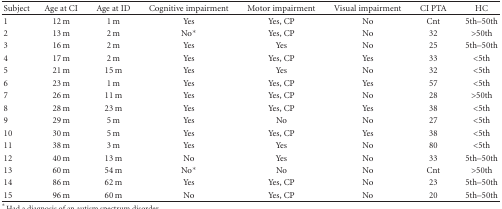
<table><thead><tr><td><b>Subject</b></td><td><b>Age at CI</b></td><td><b>Age at ID</b></td><td><b>Cognitive impairment</b></td><td><b>Motor impairment</b></td><td><b>Visual impairment</b></td><td><b>CI PTA</b></td><td><b>HC</b></td></tr></thead><tbody><tr><td>1</td><td>12 m</td><td>1 m</td><td>Yes</td><td>Yes, CP</td><td>No</td><td>Cnt</td><td>5th–50th</td></tr><tr><td>2</td><td>13 m</td><td>2 m</td><td>No*</td><td>Yes, CP</td><td>No</td><td>32</td><td>&gt;50th</td></tr><tr><td>3</td><td>16 m</td><td>2 m</td><td>Yes</td><td>Yes</td><td>No</td><td>25</td><td>5th–50th</td></tr><tr><td>4</td><td>17 m</td><td>2 m</td><td>Yes</td><td>Yes, CP</td><td>Yes</td><td>33</td><td>&lt;5th</td></tr><tr><td>5</td><td>21 m</td><td>15 m</td><td>Yes</td><td>Yes</td><td>No</td><td>32</td><td>&lt;5th</td></tr><tr><td>6</td><td>23 m</td><td>1 m</td><td>Yes</td><td>Yes, CP</td><td>Yes</td><td>57</td><td>&lt;5th</td></tr><tr><td>7</td><td>26 m</td><td>11 m</td><td>Yes</td><td>Yes, CP</td><td>No</td><td>28</td><td>&gt;50th</td></tr><tr><td>8</td><td>28 m</td><td>23 m</td><td>Yes</td><td>Yes, CP</td><td>Yes</td><td>38</td><td>&lt;5th</td></tr><tr><td>9</td><td>29 m</td><td>5 m</td><td>Yes</td><td>No</td><td>No</td><td>27</td><td>&lt;5th</td></tr><tr><td>10</td><td>30 m</td><td>5 m</td><td>Yes</td><td>Yes, CP</td><td>Yes</td><td>38</td><td>&lt;5th</td></tr><tr><td>11</td><td>38 m</td><td>3 m</td><td>Yes</td><td>Yes</td><td>No</td><td>80</td><td>&lt;5th</td></tr><tr><td>12</td><td>40 m</td><td>13 m</td><td>No</td><td>Yes</td><td>No</td><td>33</td><td>5th–50th</td></tr><tr><td>13</td><td>60 m</td><td>54 m</td><td>No*</td><td>No</td><td>No</td><td>Cnt</td><td>&gt;50th</td></tr><tr><td>14</td><td>86 m</td><td>62 m</td><td>Yes</td><td>Yes, CP</td><td>No</td><td>23</td><td>5th–50th</td></tr><tr><td>15</td><td>96 m</td><td>60 m</td><td>No</td><td>Yes, CP</td><td>No</td><td>20</td><td>5th–50th</td></tr></tbody></table>